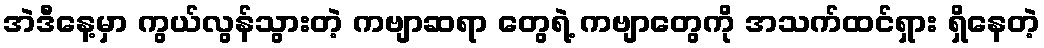
အဲဒီနေ့မှာ ကွယ်လွန်သွားတဲ့ ကဗျာဆရာ တွေရဲ့ ကဗျာတွေကို အသက်ထင်ရှား ရှိနေတဲ့